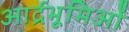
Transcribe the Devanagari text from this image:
आर्द्रभूमिओं